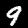
Label: 9